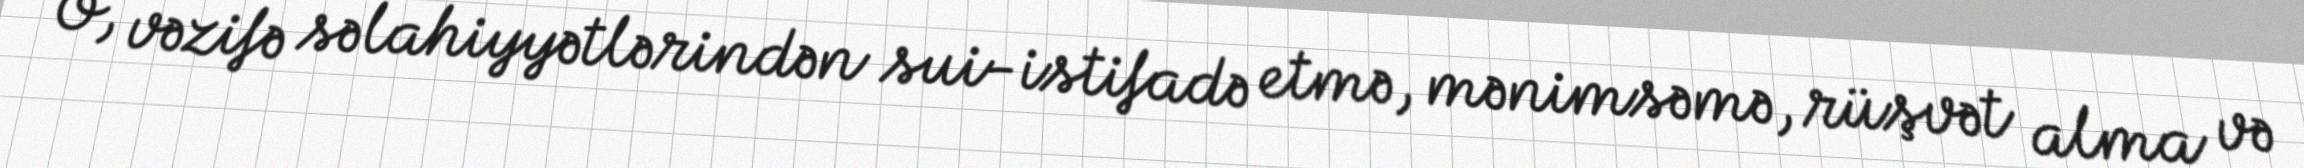
O, vəzifə səlahiyyətlərindən sui-istifadə etmə, mənimsəmə, rüşvət alma və